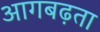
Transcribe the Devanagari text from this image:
आगबढ़ता